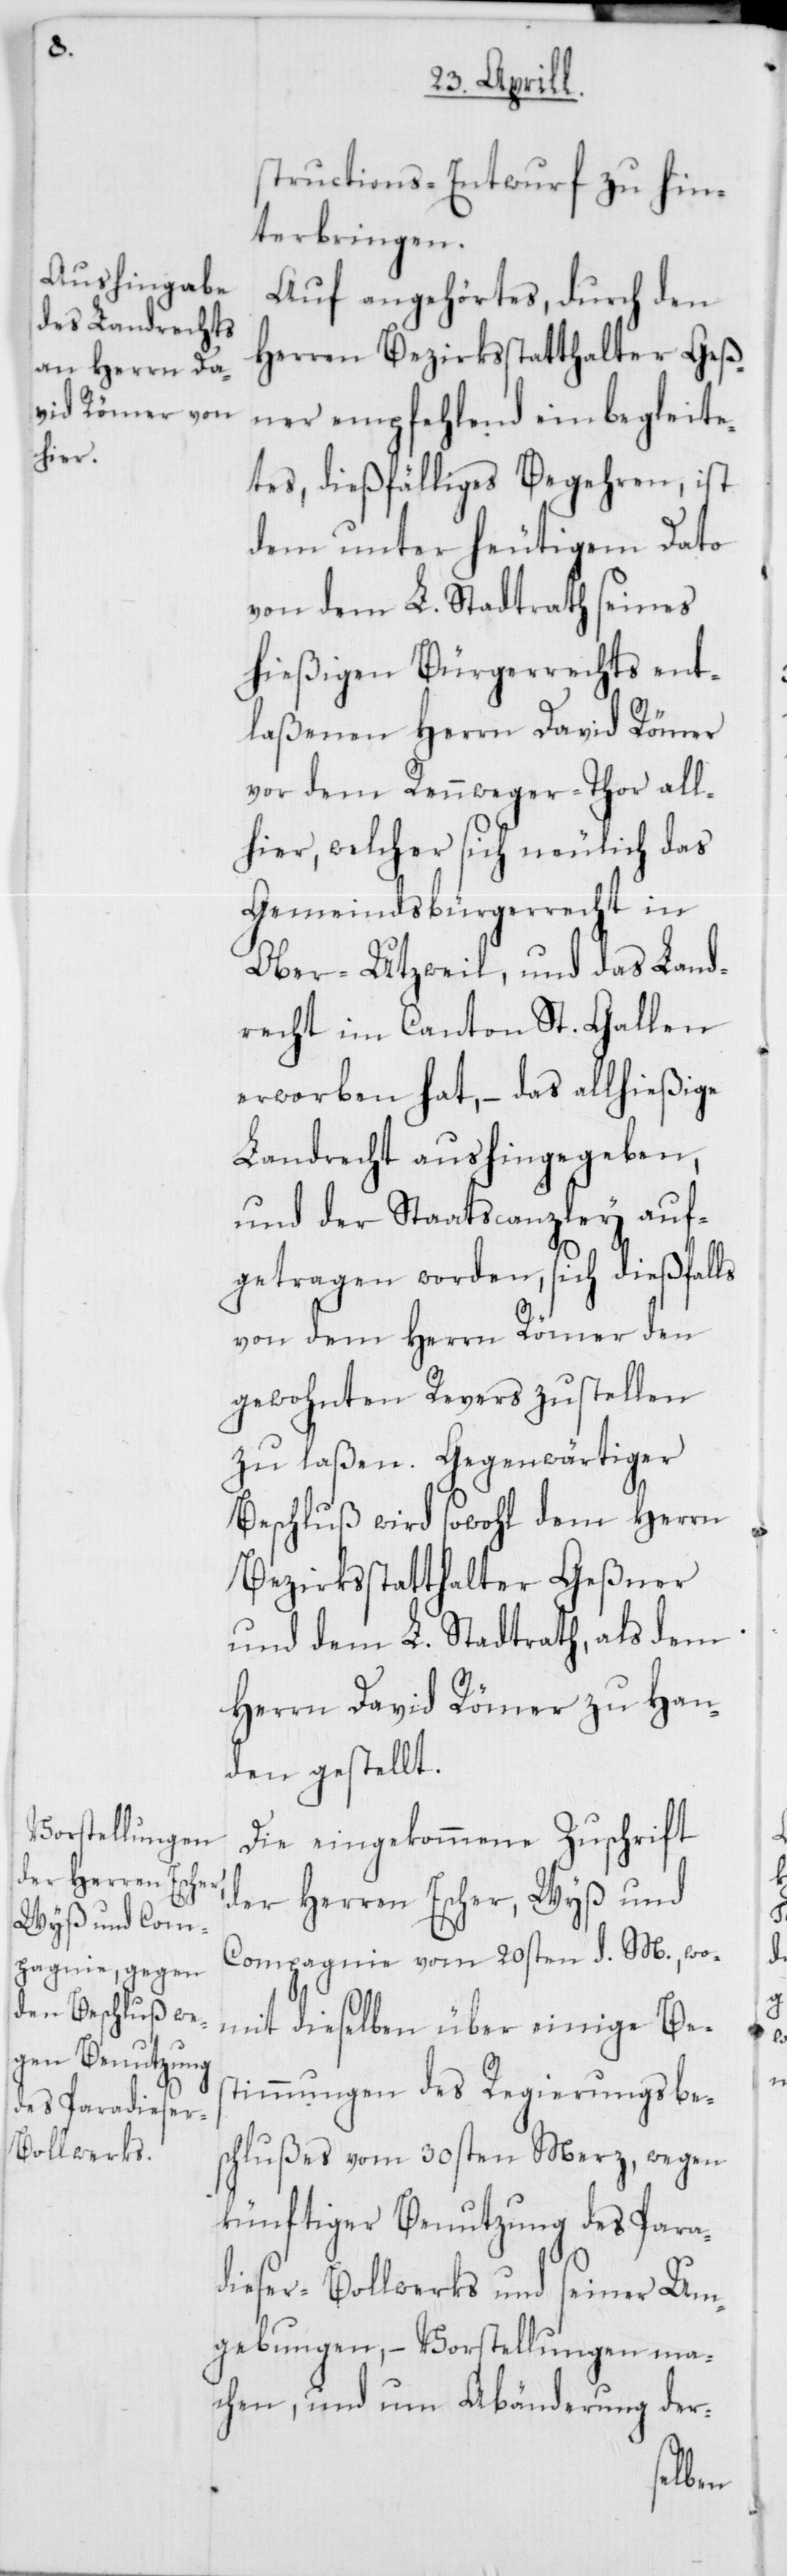
structions-Entwurf zu hin¬
terbringen.
Auf angehörtes, durch den
Herren Bezirksstatthalter Geß¬
ner empfehlend einbegleite¬
tes, dießfälliges Begehren, ist
dem unter heutigem Dato
von dem L. Stadtrath seines
hießigen Bürgerrechts ent¬
laßenen Herrn David Römer
von dem Rennweger-Thor all¬
hier, welcher sich neulich das
Gemeindsbürgerrecht in
Ober-Utzweil, und das Land¬
recht im Canton St. Gallen
erworben hat, – das allhießige
Landrecht aushingegeben,
und der Staatscanzley auf¬
getragen worden, sich dießfalls
von dem Herrn Römer den
gewohnten Revers zustellen
zu laßen. Gegenwärtiger
Beschluß wird sowohl dem Herrn
Bezirksstatthalter Geßner
und dem L. Stadtrath, als dem
Herrn David Römer zu Han¬
den gestellt.
Die eingekommene Zuschrift
der Herren Escher, Wyß und
Compagnie vom 20sten d. M., wo¬
mit dieselben über einige Bes¬
timmungen des Regierungsbe¬
schlußes vom 30sten Merz, wegen
künftiger Benutzung des Para¬
dieser-Bollwerks und seiner Um¬
gebungen, – Vorstellungen ma¬
chen, und um Abänderung der-